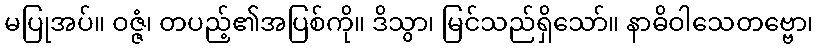
မပြုအပ်။ ဝဇ္ဇံ၊ တပည့်၏အပြစ်ကို။ ဒိသွာ၊ မြင်သည်ရှိသော်။ နာဓိဝါသေတဗ္ဗော၊